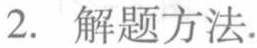
2. 解题方法.